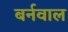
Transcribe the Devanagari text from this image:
बर्नवाल